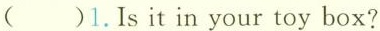
( )1.Is it in your toy box?